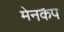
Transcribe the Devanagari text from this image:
मेनकैप